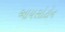
આયસોટોન